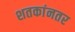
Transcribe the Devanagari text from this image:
शतकांनतर